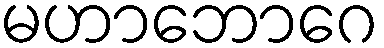
မဟာဘောဂေ